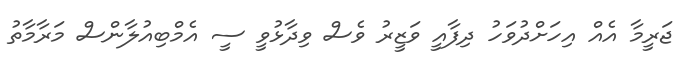
ޖަރީމާ އެއް އިހަށްދުވަހު ދިފާއީ ވަޒީރު ވެސް ވިދާޅުވީ ސީ އެމްބިއުލާންސް މަރާމާތު